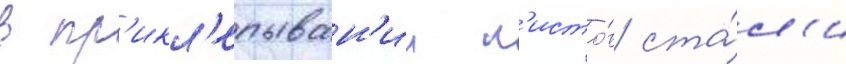
в пр'икл'епыван'ии л'исто́в ста́л'и